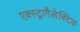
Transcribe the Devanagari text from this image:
एक्स्ट्रागैलेक्टिक